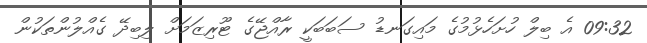
09:32 އެ ބިލް ހުށަހެޅުމުގެ މައިގަނޑު ސަބަބަކީ ރާއްޖޭގެ ޓޫރިޒަމަށް ލިބިދޭ ގެއްލުންތަކުން